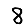
Digit: 8